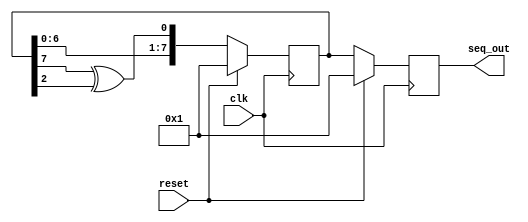
module lfsr(
    input clk,
    input reset,
    output reg [7:0] seq_out
);

reg [7:0] state;

always @(posedge clk) begin
    if (reset) begin
        state <= 8'b00000001;
        seq_out <= 8'b00000001;
    end
    else begin
        state <= {state[6:0], state[7]^state[2]};
        seq_out <= state;
    end
end

endmodule